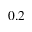
0 . 2